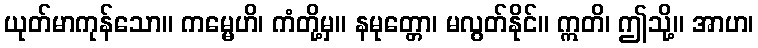
ယုတ်မာကုန်သော။ ကမ္မေဟိ၊ ကံတို့မှ။ နမုတ္တော၊ မလွတ်နိုင်။ ဣတိ၊ ဤသို့။ အာဟ၊